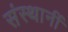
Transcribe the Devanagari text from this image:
संस्थानीं